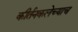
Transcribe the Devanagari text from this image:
कीर्तनकलेच्याच